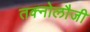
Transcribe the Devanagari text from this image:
तक्नोलौजी